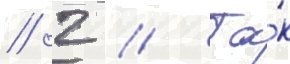
// 2 // Та́к